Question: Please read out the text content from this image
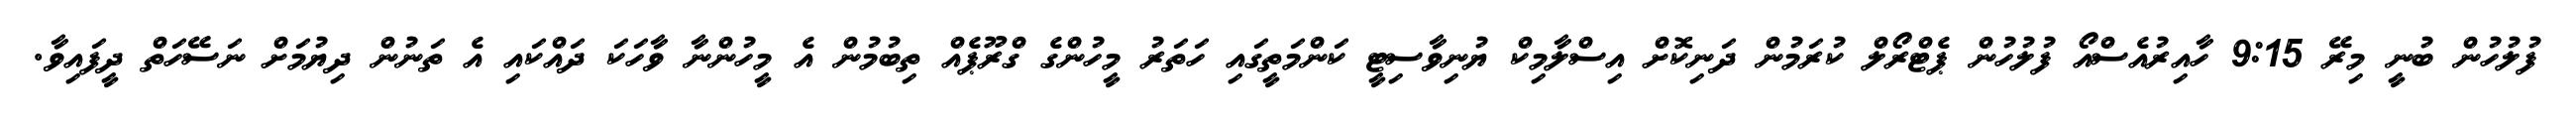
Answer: ފުލުހުން ބުނީ މިރޭ 9:15 ހާއިރުއެސްއޯ ފުލުހުން ޕެޓްރޯލް ކުރަމުން ދަނިކޮށް އިސްލާމިކް ޔުނިވާސިޓީ ކަންމަތީގައި ހަތަރު މީހުންގެ ގްރޫޕެއް ތިބުމުން އެ މީހުންނާ ވާހަކަ ދައްކައި އެ ތަނުން ދިޔުމަށް ނަސޭހަތް ދީފައިވާ.